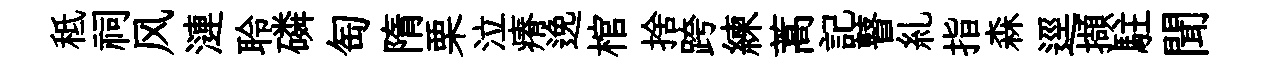
秪祠风漣聆磷匋隋栗泣瘠𨓜棺捨跨練蒿記瞽糺指森逕擷駐聞